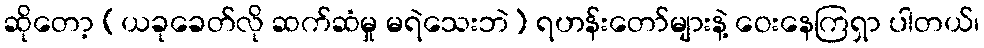
ဆိုတော့ (ယခုခေတ်လို ဆက်ဆံမှု မရဲသေးဘဲ) ရဟန်းတော်များနဲ့ ဝေးနေကြရှာ ပါတယ်၊